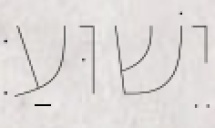
יֵשׁוּעַ׃